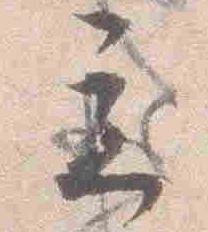
立